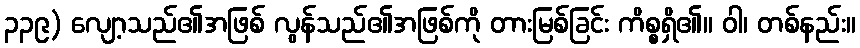
၃၃၉) လျော့သည်၏အဖြစ် လွန်သည်၏အဖြစ်ကို တားမြစ်ခြင်း ကိစ္စရှိ၏။ ဝါ၊ တစ်နည်း။